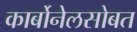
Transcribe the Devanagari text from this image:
कार्बोनेलसोबत